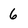
Character: 6